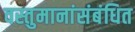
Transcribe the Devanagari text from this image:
वस्तुमानांसंबंधित